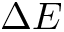
\Delta E